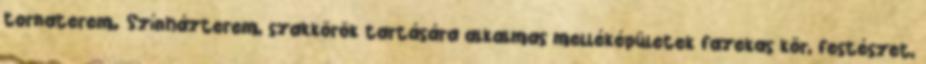
tornaterem. Színházterem, szakkörök tartására alkalmas melléképületek fazekas kör, festészet,